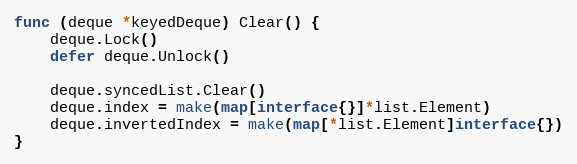
Language: Go
func (deque *keyedDeque) Clear() {
	deque.Lock()
	defer deque.Unlock()

	deque.syncedList.Clear()
	deque.index = make(map[interface{}]*list.Element)
	deque.invertedIndex = make(map[*list.Element]interface{})
}